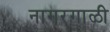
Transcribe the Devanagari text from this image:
नागरगाळी